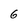
Character: 6